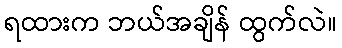
ရထားက ဘယ်အချိန် ထွက်လဲ။